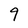
Character: 9